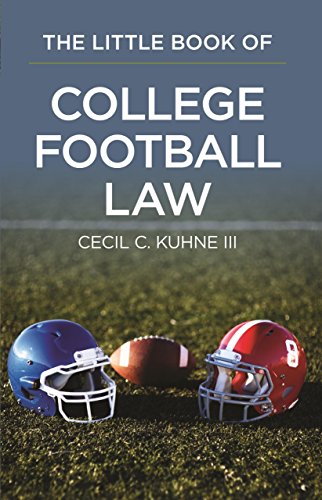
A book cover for The Little Book of College Football Law; Cecil  C. Kuhne; Law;